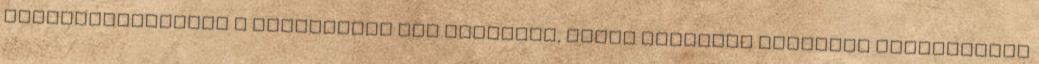
meghatározásánál a vígjátékot nem találjuk, mégis többször hangosan felnevetünk